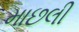
માછલી